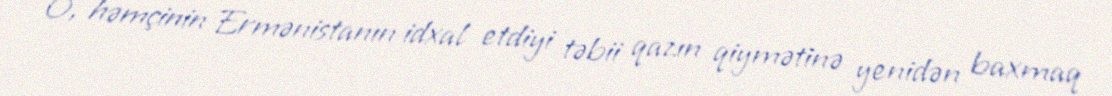
O, həmçinin Ermənistanın idxal etdiyi təbii qazın qiymətinə yenidən baxmaq